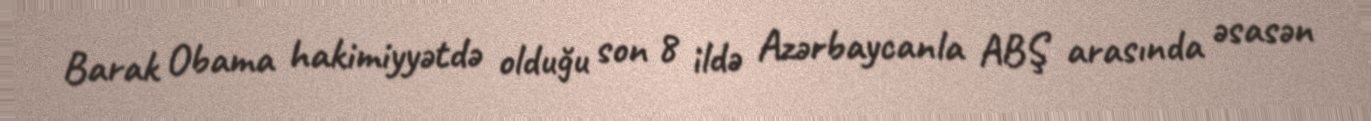
Barak Obama hakimiyyətdə olduğu son 8 ildə Azərbaycanla ABŞ arasında əsasən